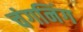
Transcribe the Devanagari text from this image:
चंगनिंग